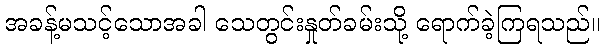
အခန့်မသင့်သောအခါ သေတွင်းနှုတ်ခမ်းသို့ ရောက်ခဲ့ကြရသည်။